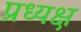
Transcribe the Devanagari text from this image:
प्रध्यक्ष